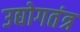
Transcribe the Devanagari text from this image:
उद्योगतंत्र